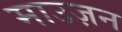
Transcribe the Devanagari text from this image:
माउज़न